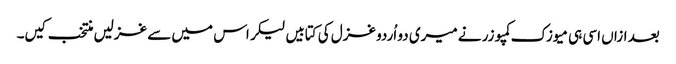
بعد ازاں اسی ہی میوزک کمپوزر نے میری دو اُردو غزل کی کتابیں لیکر اس میں سے غزلیں منتخب کیں۔